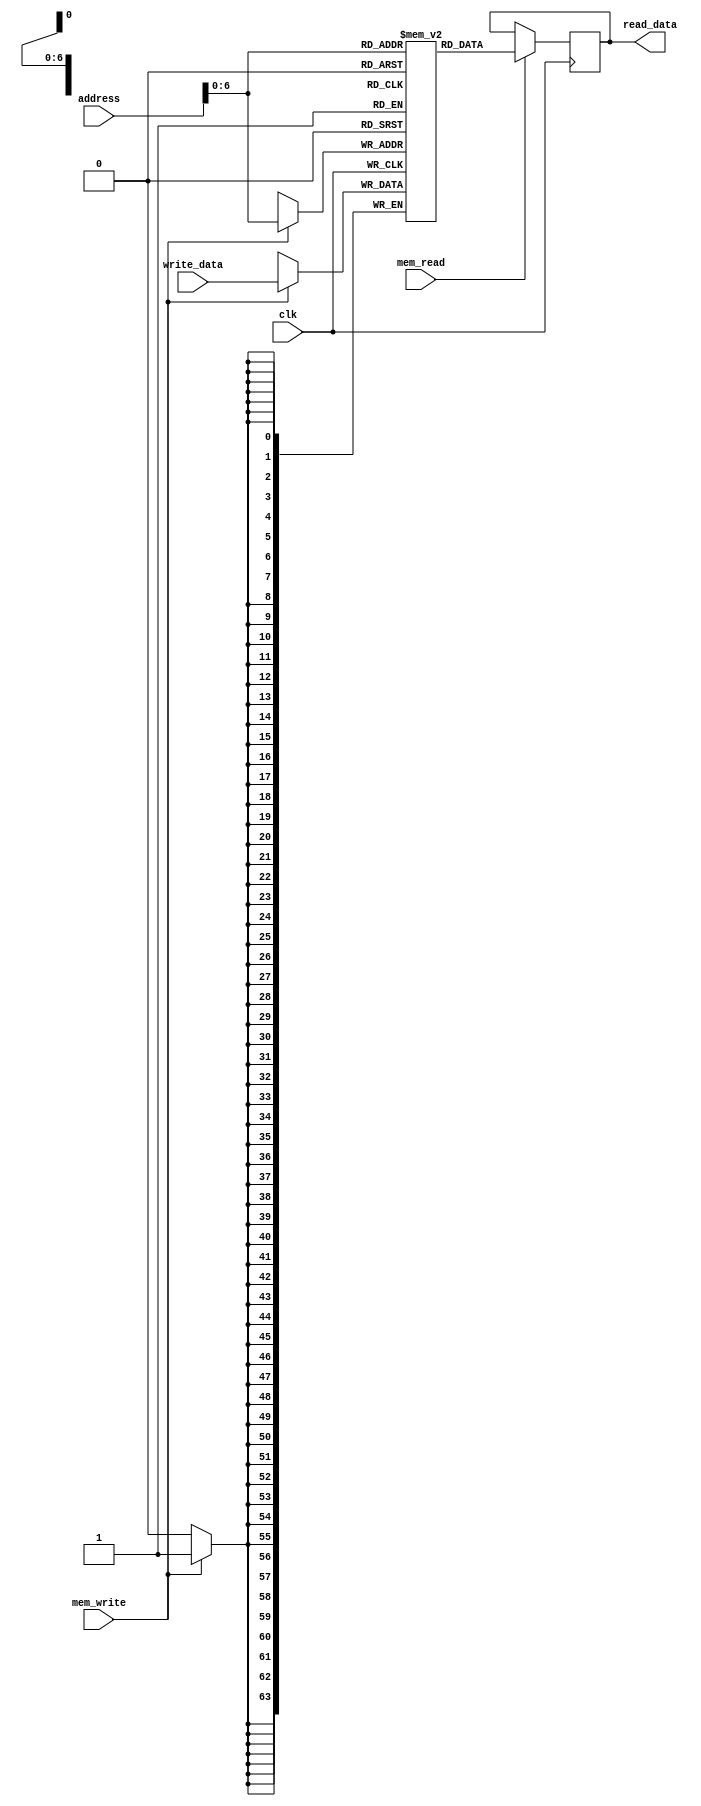
module data_memory (clk,address, write_data,read_data,mem_write,mem_read);
input clk;
input wire [47:0] address;
input [63:0] write_data;
input mem_write, mem_read;
output reg [63:0] read_data;


reg [63:0] MEMO[0:123];

integer iter;
initial begin
  read_data <= 0;
  for (iter = 0; iter < 100; iter = iter + 1)
  begin
    MEMO[iter] = iter;
  end
end

always @(posedge clk) begin
  if (mem_write == 1) begin
    MEMO[address] <= write_data;
  end

  if (mem_read == 1) begin
    read_data <= MEMO[address];
  end
end

endmodule